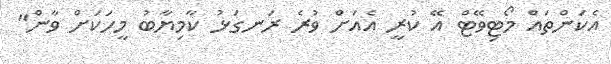
އެކަންތައް މޯޓިވޭޓް އޭ ކުރީ އެއަށް ވުރެ ރަނގަޅު ކާމިޔާބު މީހަކަށް ވާން"